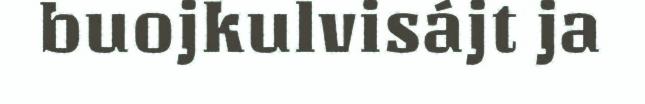
buojkulvisájt ja